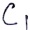
Text: C1